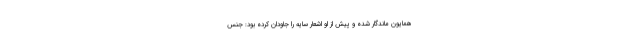
همایون ماندگار شده و پیش از او اشعار سایه را جاودان کرده بود: جنس